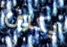
يكون